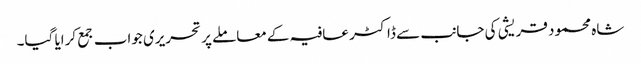
شاہ محمود قریشی کی جانب سے ڈاکٹر عافیہ کے معاملے پر تحریری جواب جمع کرایا گیا۔